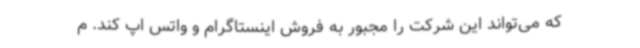
که می‌تواند این شرکت را مجبور به فروش اینستاگرام و واتس اپ کند. م